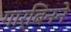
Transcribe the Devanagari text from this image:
गार्बिनने